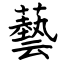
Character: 藝